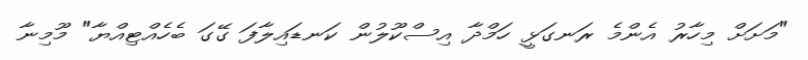
"މަށަށް މިހާރު އެންމެ ރަނގަޅީ ހަމްދާ އިސްކޫލުން ކަނޑައިލާފަ ގޭގަ ބެހެއްޓިއްޔާ" މޫމިނާ